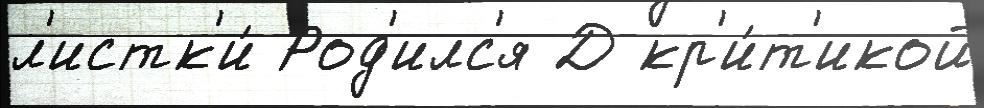
л'истк'и́ Род'илс'я Д кр'и́т'икой